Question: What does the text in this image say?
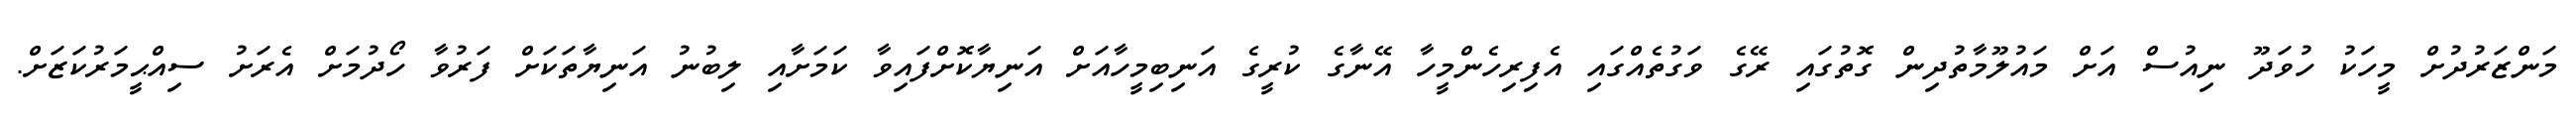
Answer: މަންޒަރުދުށް މީހަކު ހުވަދޫ ނިއުސް އަށް މައުލޫމާތުދިން ގޮތުގައި ރޭގެ ވަގުތެއްގައި އެފިރިހެންމީހާ އޭނާގެ ކުރީގެ އަނިބިމީހާއަށް އަނިޔާކޮށްފައިވާ ކަމަށާއި ލިބުނު އަނިޔާތަކަށް ފަރުވާ ހޯދުމަށް އެރަށު ސިއްޙީމަރުކަޒަށް.